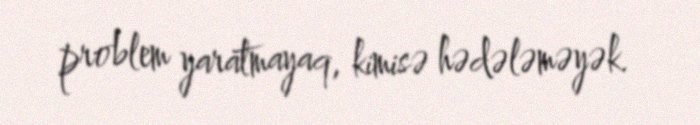
problem yaratmayaq, kimisə hədələməyək.